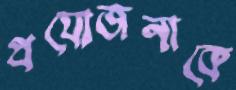
প্রযোজনাকে